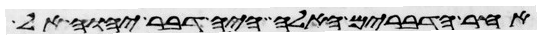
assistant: אחר הדברים האלה היה דבר יהוה אל